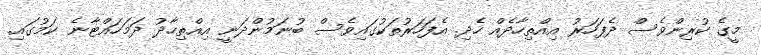
މީގެ ކުރިންވެސް ދެފަހަރު އިއްތިހާދެއް ހެދި. އެފަހަރުތަކުގައިވެސް ބުނަމުންދަނީ އިއްތިހާދު ދަމަހައްޓާނެ ކަމުގައި.